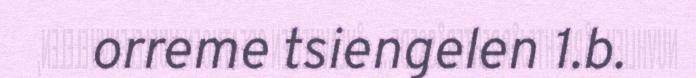
orreme tsiengelen 1.b.